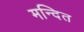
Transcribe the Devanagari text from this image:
मन्दित